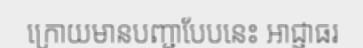
ក្រោយមានបញ្ជាបែបនេះ អាជ្ញាធរ